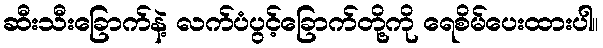
ဆီးသီးခြောက်နဲ့ လက်ပံပွင့်ခြောက်တို့ကို ရေစိမ်ပေးထားပါ။